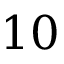
1 0